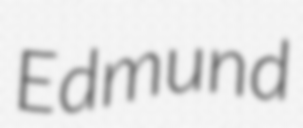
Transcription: Edmund